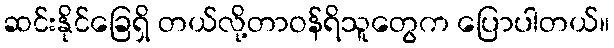
ဆင်းနိုင်ခြေရှိ တယ်လို့တာဝန်ရိသူတွေက ပြောပါတယ်။